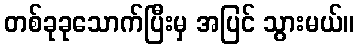
တစ်ခုခုသောက်ပြီးမှ အပြင် သွားမယ်။